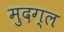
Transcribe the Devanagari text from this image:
मुदग्ल